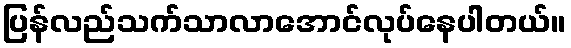
ပြန်လည်သက်သာလာအောင်လုပ်နေပါတယ်။